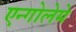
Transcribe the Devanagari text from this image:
एन्गोलेमे